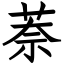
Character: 萘